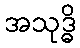
အသုဒ္ဓိ